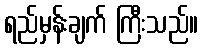
ရည်မှန်းချက် ကြီးသည်။